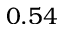
0 . 5 4